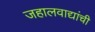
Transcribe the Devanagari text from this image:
जहालवाद्यांची